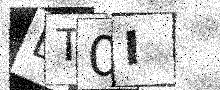
Text: DT0I